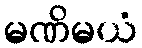
မဏိမယံ